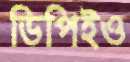
ডিপিইও